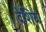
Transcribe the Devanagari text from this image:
देशिय